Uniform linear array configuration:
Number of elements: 32
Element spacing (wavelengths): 1
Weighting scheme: hann
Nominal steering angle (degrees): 30
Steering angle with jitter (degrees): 31.682
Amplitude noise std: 0.05
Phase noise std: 0.05

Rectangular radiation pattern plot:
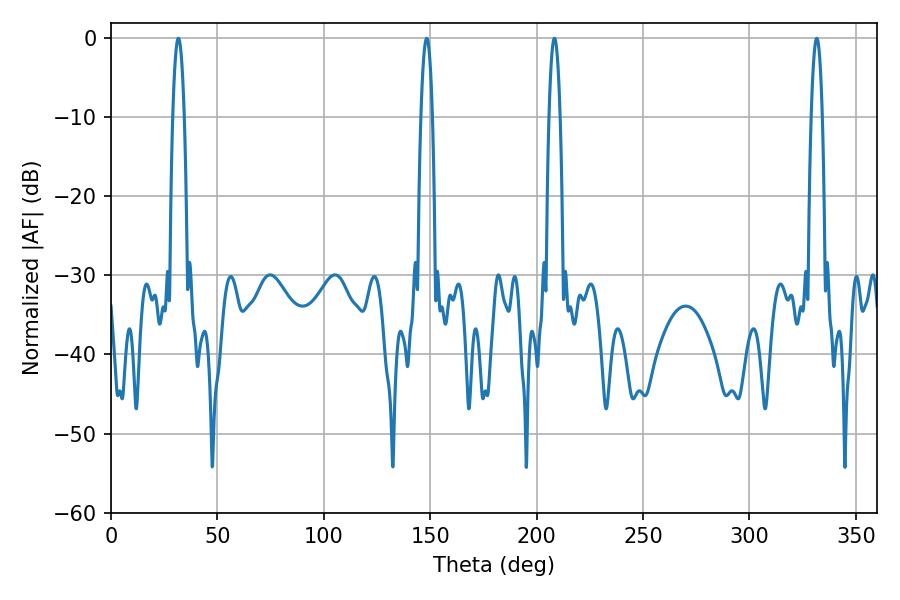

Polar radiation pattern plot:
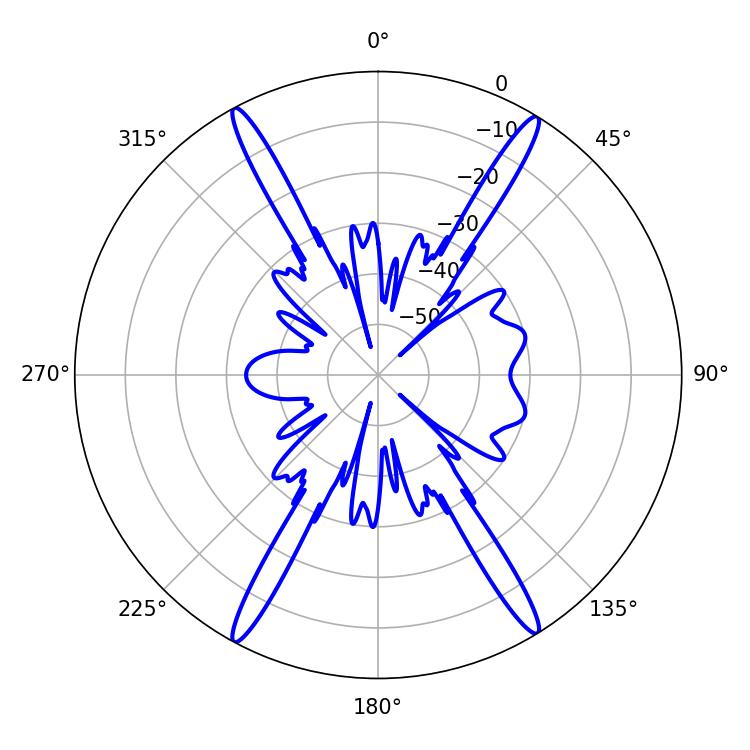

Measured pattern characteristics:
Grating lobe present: TRUE
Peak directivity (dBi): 24.027
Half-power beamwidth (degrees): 2.88
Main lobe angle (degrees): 31.68